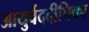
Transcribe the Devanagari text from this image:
आयुर्वेददीपिका